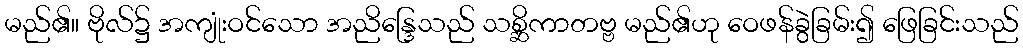
မည်၏။ ဗိုလ်၌ အကျုံးဝင်သော အညိန္ဒြေသည် သစ္ဆိကာတဗ္ဗ မည်၏ဟု ဝေဖန်ခွဲခြမ်း၍ ဖြေခြင်းသည်